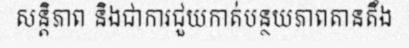
សន្តិភាព និងជាការជួយកាត់បន្ថយភាពតានតឹង